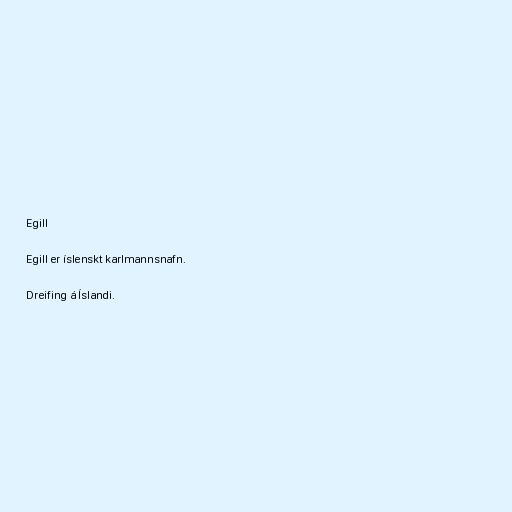
Egill

Egill er íslenskt karlmannsnafn.

Dreifing á Íslandi.